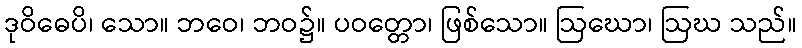
ဒုဝိဓေပိ၊ သော။ ဘဝေ၊ ဘဝ၌။ ပဝတ္တော၊ ဖြစ်သော။ ဩဃော၊ ဩဃ သည်။